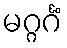
မဂ္ဂင်္ဂံ